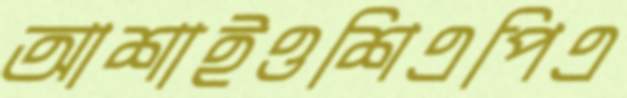
আশাইওশিএপিএ